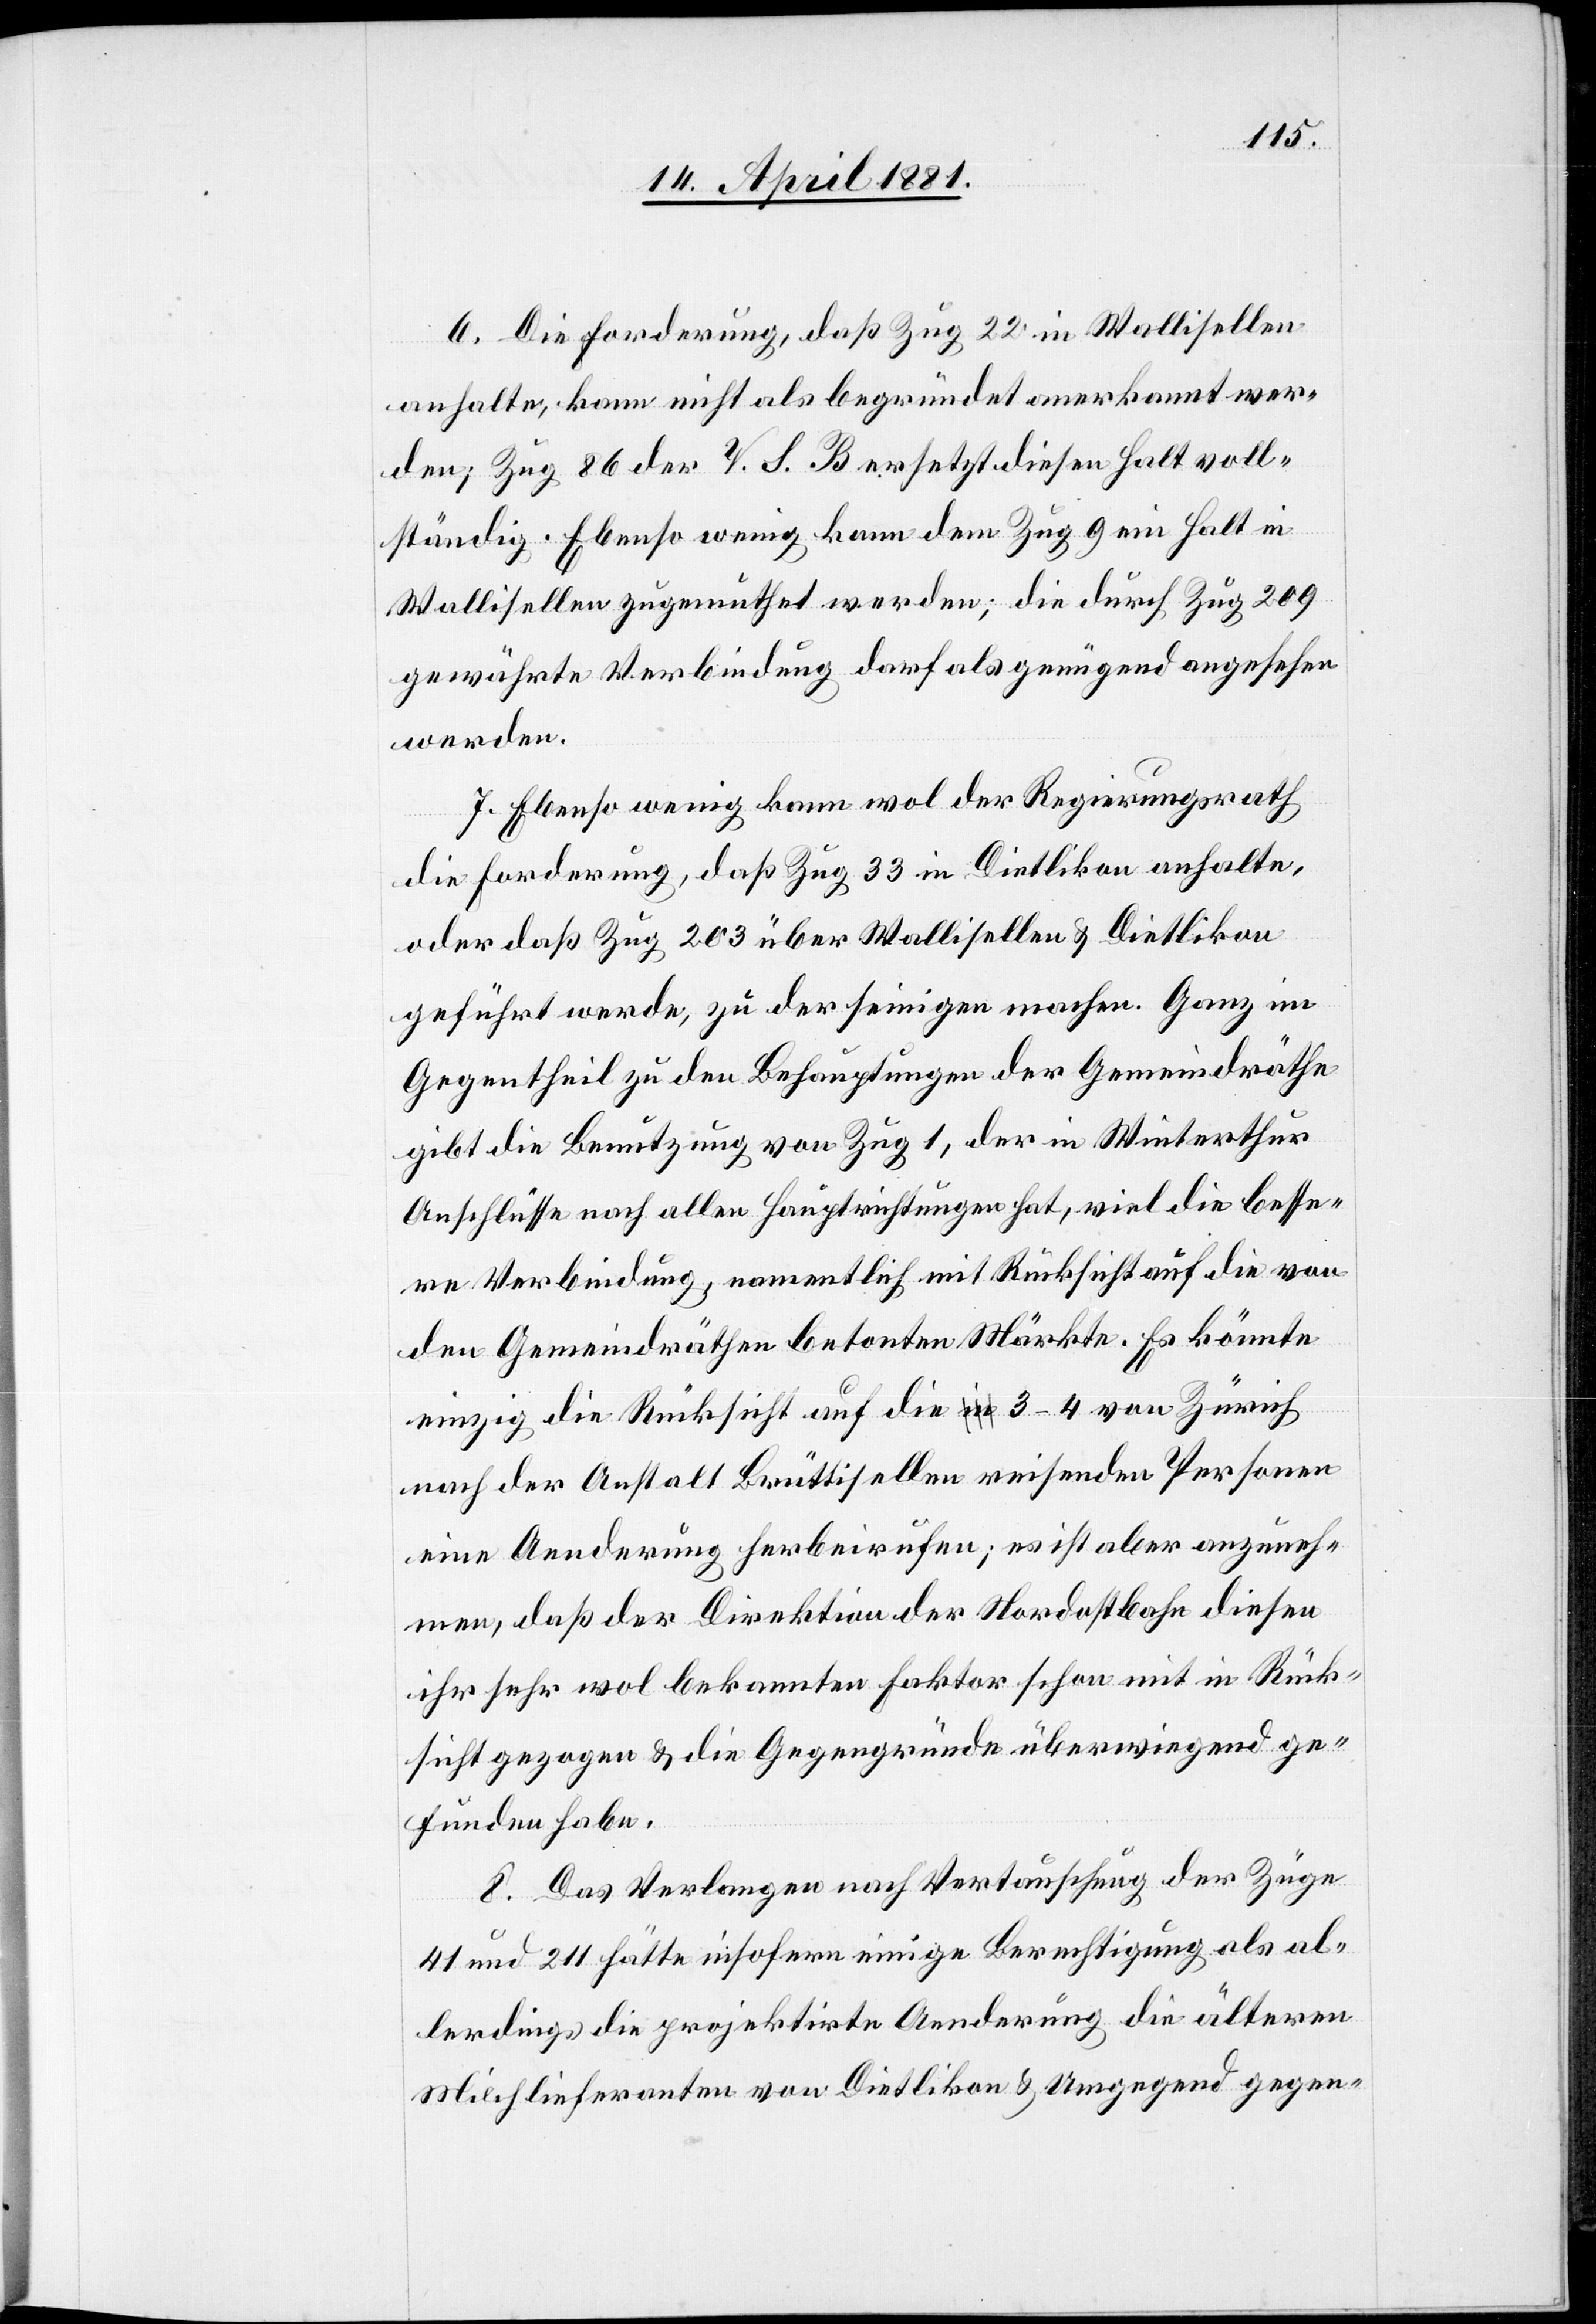
6. Die Forderung, daß Zug 22 in Wallisellen
anhalte, kann nicht als begründet anerkannt wer¬
den; Zug 86 der V. S. B. ersetzt diesen Halt voll¬
ständig. Ebenso wenig kann dem Zug 9 ein Halt in
Wollishofen zugemuthet werden; die durch Zug 209
gewährte Verbindung darf als genügend angesehen
werden.
7. Ebenso wenig kann wol der Regierungsrat
die Forderung, daß Zug 33 in Dietlikon anhalte,
oder daß Zug 203 über Wallisellen & Dietlikon
geführt werde, zu der seinigen machen. Ganz im
Gegentheil zu den Behauptungen der Gemeindräthe
gibt die Benutzung von Zug 1, der in Winterthur
Anschlüsse nach allen Hauptrichtungen hat, viel die besse¬
re Verbindung, namentlich mit Rücksicht auf die von
den Gemeindräthen betonten Märkte. Es könnte
einzig die Rücksicht auf die 3–4 von Zürich
nach der Anstalt Brüttisellen reisenden Personen
eine Aenderung herbeirufen; es ist aber anzuneh¬
men, daß der Direktion der Nordostbahn diesen
ihr sehr wol bekannten Faktor schon mit in Rück¬
sicht gezogen & die Gegengründe überwiegend ge¬
funden habe.
8. Das Verlangen nach Vertauschung der Züge
41 und 211 hätte insofern einige Berechtigung als al¬
lerdings die projektirte Aenderung die älteren
Milchlieferanten von Dietlikon & Umgegend gegen-